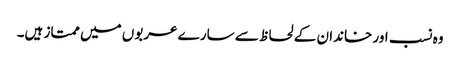
وہ نسب اور خاندان کے لحاظ سے سارے عربوں میں ممتاز ہیں۔